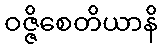
ဝဇ္ဇိစေတိယာနိ